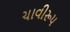
ચાવીરૂપ